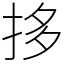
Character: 拸